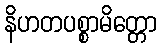
နိဟတပစ္စာမိတ္တော